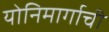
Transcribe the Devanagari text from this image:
योनिमार्गाची